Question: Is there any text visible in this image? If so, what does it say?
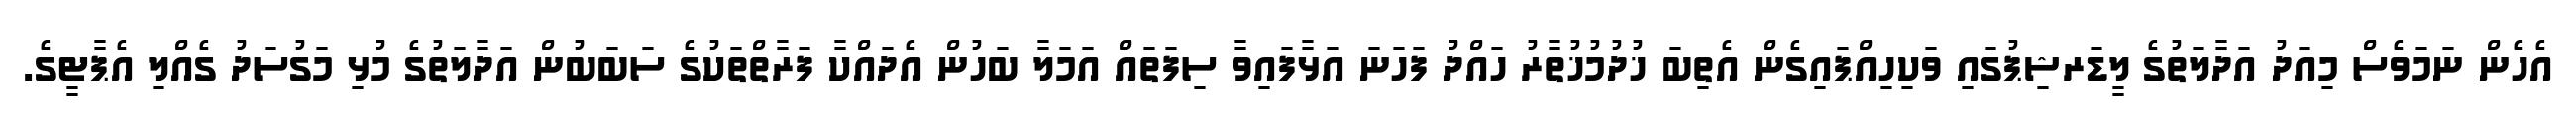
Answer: އެހެން ނަމަވެސް މިއަދު އަދާލަތުގެ ލީޑަރޝިޕުގައި ވަކިހިއްޕައިގެން އެތިބަ ޚުދުމުޚުތާރު ހައްދު ފަހަނަ އަޅާފައިވާ ސިފަތައް އަމަލާ ބަހުން އެދައްކާ ފަރާތްތަކުގެ ސަބަބުން އަދާލަތުގެ މުޅި މަގުސަދު ގެއްލި އެޕާޓީގެ.